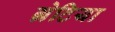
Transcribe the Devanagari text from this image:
ग्रेटिया